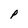
Character: P